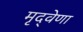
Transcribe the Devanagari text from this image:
मृद्‌वेणा